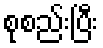
စုစည်းပြီး